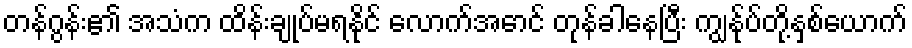
တန်ဂွန်း၏ အသံက ထိန်းချုပ်မရနိုင် လောက်အောင် တုန်ခါနေပြီး ကျွန်ုပ်တို့နှစ်ယောက်